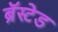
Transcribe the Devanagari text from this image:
ब्रॅस्टेड